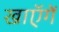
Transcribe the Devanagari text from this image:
खाएॅगें